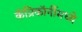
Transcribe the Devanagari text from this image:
कॅप्रिकॉर्नीमध्ये